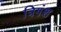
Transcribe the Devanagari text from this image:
त्रिगंश